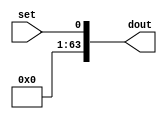
`timescale 1ns / 1ps
//////////////////////////////////////////////////////////////////////////////////
// Company: 
// Engineer: 
// 
// Design Name: 
// Module Name:    set_lsb 
// Project Name: 
// Target Devices: 
// Tool versions: 
// Description: 
//
// Dependencies: 
//
// Revision: 
// Revision 0.01 - File Created
// Additional Comments: 
//
//////////////////////////////////////////////////////////////////////////////////
module set_lsb(
    input set,
    output [63:0] dout
    );
	 
	 assign dout[63:0] = {63'd0, set};

endmodule